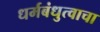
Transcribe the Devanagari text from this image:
धर्मबंधुत्वाचा